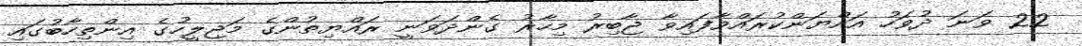
22 ވަނަ ދުވަހު އައްޔަންކުރައްވާފައިވާ ޖާބިރު މިހާރު ގެންދަވަނީ ރައްޔިތުންގެ މަޖިލީހުގެ އިންތިހާބުގައި